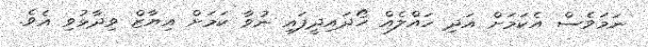
ނަމަވެސް އެކަމަށް އަދި ހައްލެއް ހޯދައިދީފައި ނުވާ ކަމަށް އިޔާޒް ވިދާޅުވި އެވެ.